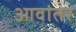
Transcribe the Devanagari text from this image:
आवांतर